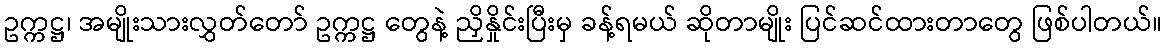
ဥက္ကဋ္ဌ၊ အမျိုးသားလွှတ်တော် ဥက္ကဋ္ဌ တွေနဲ့ ညှိနှိုင်းပြီးမှ ခန့်ရမယ် ဆိုတာမျိုး ပြင်ဆင်ထားတာတွေ ဖြစ်ပါတယ်။